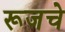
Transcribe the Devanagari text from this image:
रूजचे